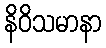
နိဝိသမာနာ